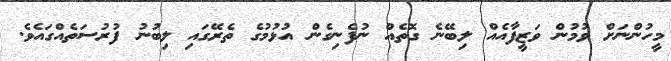
މީހުންނަށް ވުމުން ވަޒީފާއެއް ލިބޭނެ ގޮތެއް ނުފެނިގެން އުޅުމުގެ ތެރޭގައި ލިބުނު ފުރުސަތެއްގައެވެ.